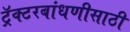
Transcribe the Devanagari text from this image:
ट्रॅक्टरबांधणीसाठी